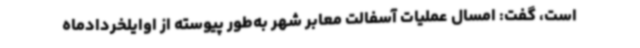
است، گفت: امسال عملیات آسفالت معابر شهر به‌طور پیوسته از اوایلخردادماه